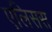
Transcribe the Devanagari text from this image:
एलिसस